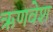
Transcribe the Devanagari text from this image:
ऋणवेश